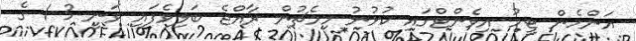
އަންހެން ޓީމު އިވެންޓްގައި ކުޅުނު މިމެޗުން ރާއްޖެ ބަލިވެފައި ވަނީ 3-1 ގެ